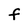
Character: F